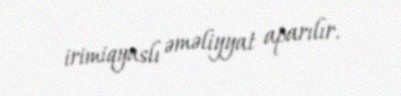
irimiqyaslı əməliyyat aparılır.